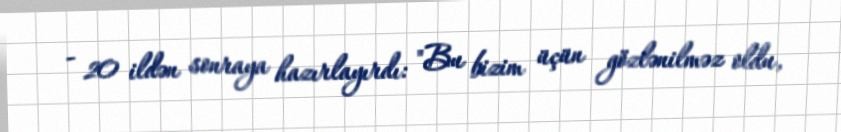
- 20 ildən sonraya hazırlayırdı: "Bu bizim üçün gözlənilməz oldu,